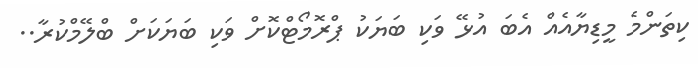
ކިތަންމެ މީޑިޔާއެއް އެބަ އުޅޭ ވަކި ބަޔަކު ޕްރޮމޯޓްކޮށް ވަކި ބަޔަކަށް ބްލޭމްކުރާ..